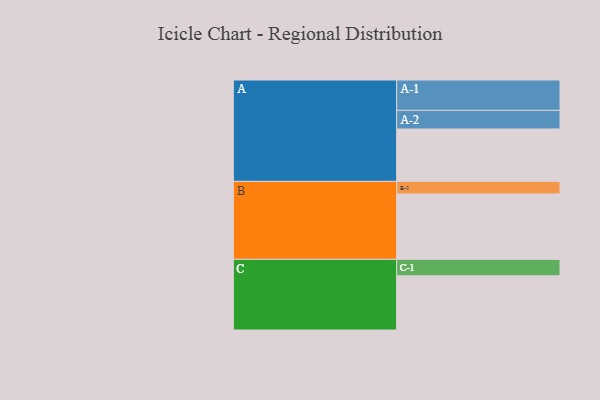
{"axis": {"x": "Segment", "y": "Value"}, "legend": ["", "A", "B", "C"], "data": [{"x": "A", "y": 413, "type": ""}, {"x": "B", "y": 515, "type": ""}, {"x": "C", "y": 427, "type": ""}, {"x": "A-1", "y": 239, "type": "A"}, {"x": "A-2", "y": 147, "type": "A"}, {"x": "B-1", "y": 99, "type": "B"}, {"x": "C-1", "y": 130, "type": "C"}]}